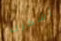
أشكرك